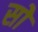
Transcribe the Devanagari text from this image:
सोे